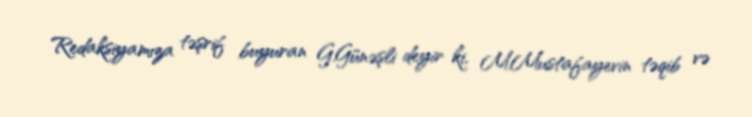
Redaksiyamıza təşrif buyuran G.Günəşli deyir ki, M.Mustafayevin təqib və